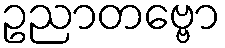
ဥညာတဗ္ဗော